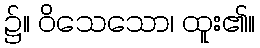
၌။ ဝိသေသော၊ ထူး၏။